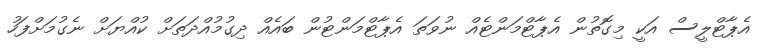
އެޕާޓްލީސް އަކީ މިގޮތުން އެޕާޓްމަންޓެއް ނުވަތަ އެޕާޓްމަންޓުން ބައެއް ދިގުމުއްދަތަށް ކުއްޔަށް ނެގުމަށްފަހު